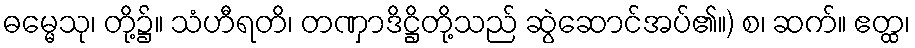
ဓမ္မေသု၊ တို့၌။ သံဟီရတိ၊ တဏှာဒိဋ္ဌိတို့သည် ဆွဲဆောင်အပ်၏။) စ၊ ဆက်။ ဧတ္ထ၊